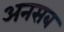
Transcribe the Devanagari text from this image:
अनसब